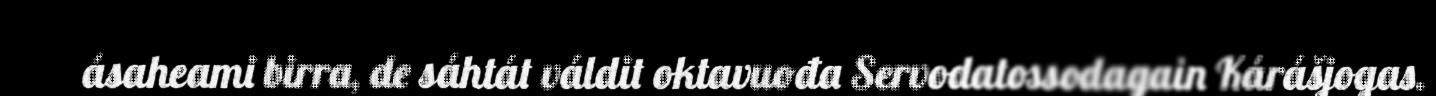
ásaheami birra, de sáhtát váldit oktavuođa Servodatossodagain Kárášjogas.